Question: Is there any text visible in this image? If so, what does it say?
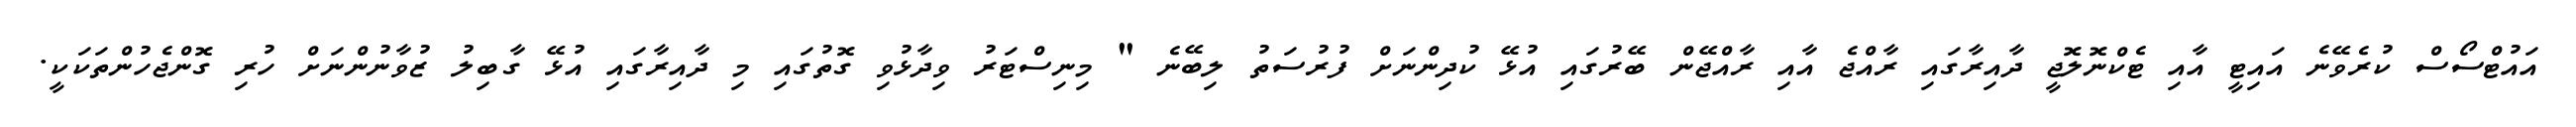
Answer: އައުޓްސޯސް ކުރެވޭނެ އައިޓީ އާއި ޓެކްނޮލޮޖީ ދާއިރާގައި ރާއްޖެ އާއި ރާއްޖޭން ބޭރުގައި އުޅޭ ކުދިންނަށް ފުރުސަތު ލިބޭނެ " މިނިސްޓަރު ވިދާޅުވި ގޮތުގައި މި ދާއިރާގައި އުޅޭ ގާބިލު ޒުވާނުންނަށް ހުރި ގޮންޖެހުންތަކަކީ.